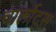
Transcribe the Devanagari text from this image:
चार्लोट्स